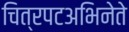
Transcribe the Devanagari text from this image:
चित्रपटअभिनेते